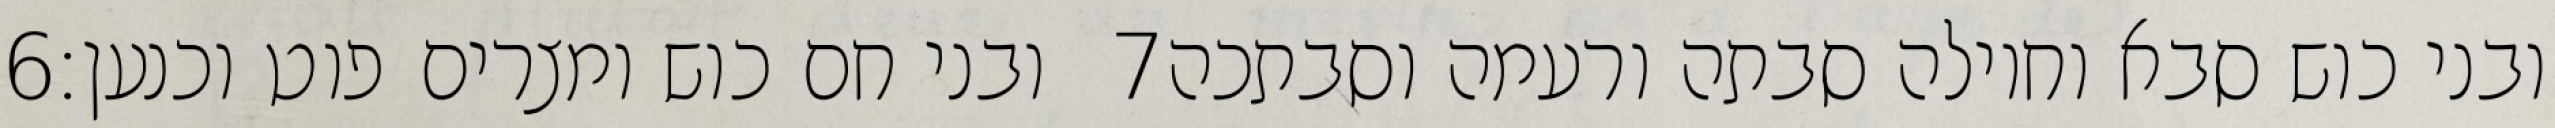
‎6‏ ובני חם כוש ומצרים פוט וכנען׃ ‎7‏ ובני כוש סבא וחוילה סבתה ורעמה וסבתכה